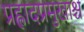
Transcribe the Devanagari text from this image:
प्रह्लादप्रमुखाश्च